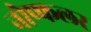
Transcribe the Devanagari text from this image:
नोप्फलर